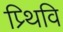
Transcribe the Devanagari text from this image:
प्र्थिवि